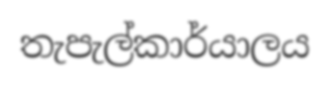
තැපැල්කාර්යාලය